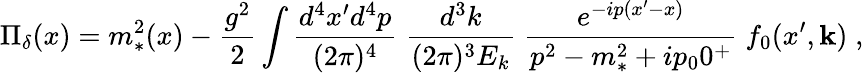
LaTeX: \Pi_{\delta}(x)=m_{*}^{2}(x)-{\frac{g^{2}}{2}}\int{\frac{d^{4}x^{\prime}d^{4}p}{(2\pi)^{4}}}\; {\frac{d^{3}k}{(2\pi)^{3}E_{k}}}\; {\frac{e^{-ip(x^{\prime}-x)}}{p^{2}-m_{*}^{2}+ip_{0}0^{+}}}\; f_{0}(x^{\prime},{\mathbf k})\; ,